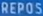
REPOS